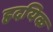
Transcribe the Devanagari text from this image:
हृदयिक